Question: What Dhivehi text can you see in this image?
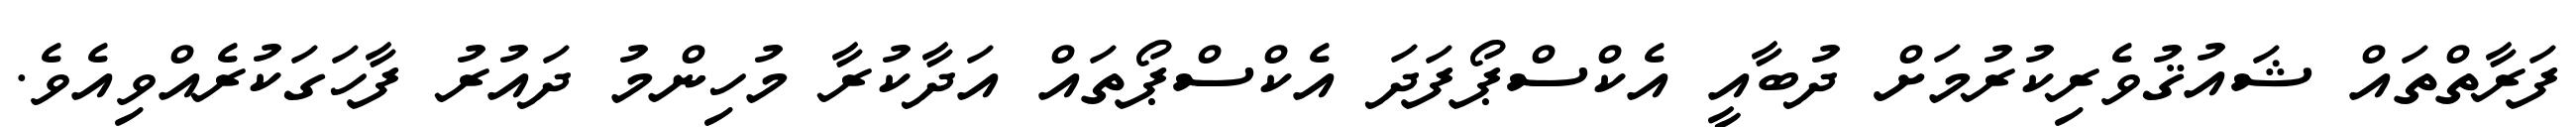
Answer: ފަރާތްތައް ޝައުޤުވެރިކުރުމަށް ދުބާއީ އެކްސްޕޯފަދަ އެކްސްޕޯތައް އަދާކުރާ މުހިންމު ދައުރު ފާހަގަކުރެއްވިއެވެ.